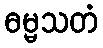
ဓမ္မသတံ